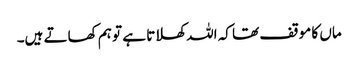
ماں کا موقف تھا کہ اللہ کھلاتا ہے تو ہم کھاتے ہیں۔